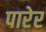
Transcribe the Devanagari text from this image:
पारेर